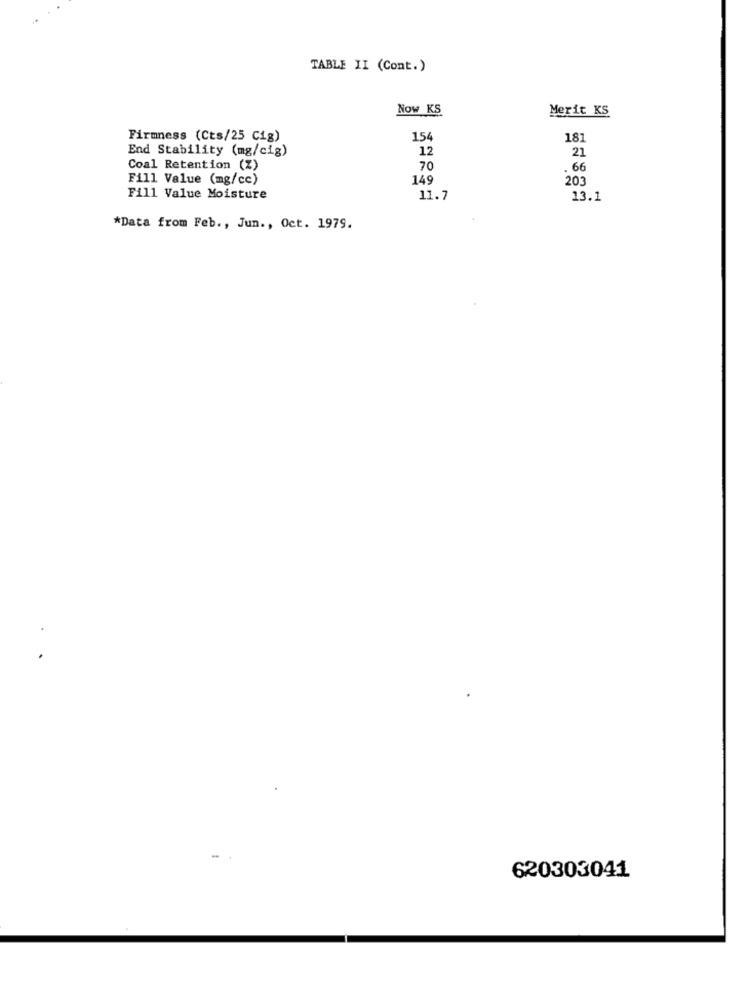
TABLE II (Cont.)
Now KS
Merit KS
Firmness (Cts/25 Cig)
154
181
End Stability (mg/cig)
12
21
Coal Retention (%)
70
66
Fill Value (mg/cc)
149
203
Fill Value Moisture
11.7
13.1
*Data from Feb ., Jun ., Oct. 1979.
620303041